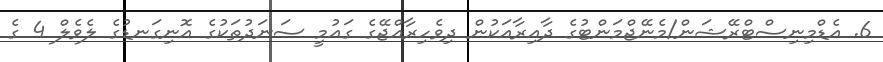
6. އެޑްމިނިސްޓްރޭޝަން/މެނޭޖްމަންޓުގެ ދާއިރާއަކުން ދިވެހިރާއްޖޭގެ ގައުމީ ސަނަދުތަކުގެ އޮނިގަނޑުގެ ލެވެލް 4 ގެ